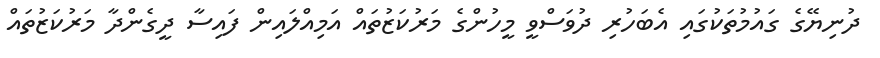
ދުނިޔޭގެ ގައުމުތަކުގައި އެބަހުރި ދުވަސްވީ މީހުންގެ މަރުކަޒުތައް އަމިއްލައިން ފައިސާ ދީގެންދާ މަރުކަޒުތައް